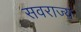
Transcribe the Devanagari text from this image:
सवराज्य